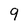
Character: 9